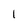
Character: 1